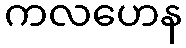
ကလဟေန